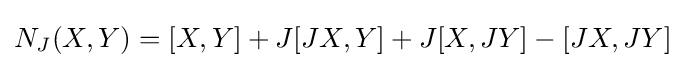
N_{J}(X,Y)=[X,Y]+J[JX,Y]+J[X,JY]-[JX,JY]\